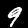
Digit: 9